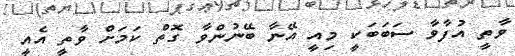
ވާތީ އުފާވާ ސަބަބަކީ މިއީ އޭނާ ބޭނުންވާ ގޮތް ކަމަށް ވާތީ އެއީ